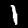
Label: 1